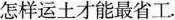
怎样运土才能最省工。